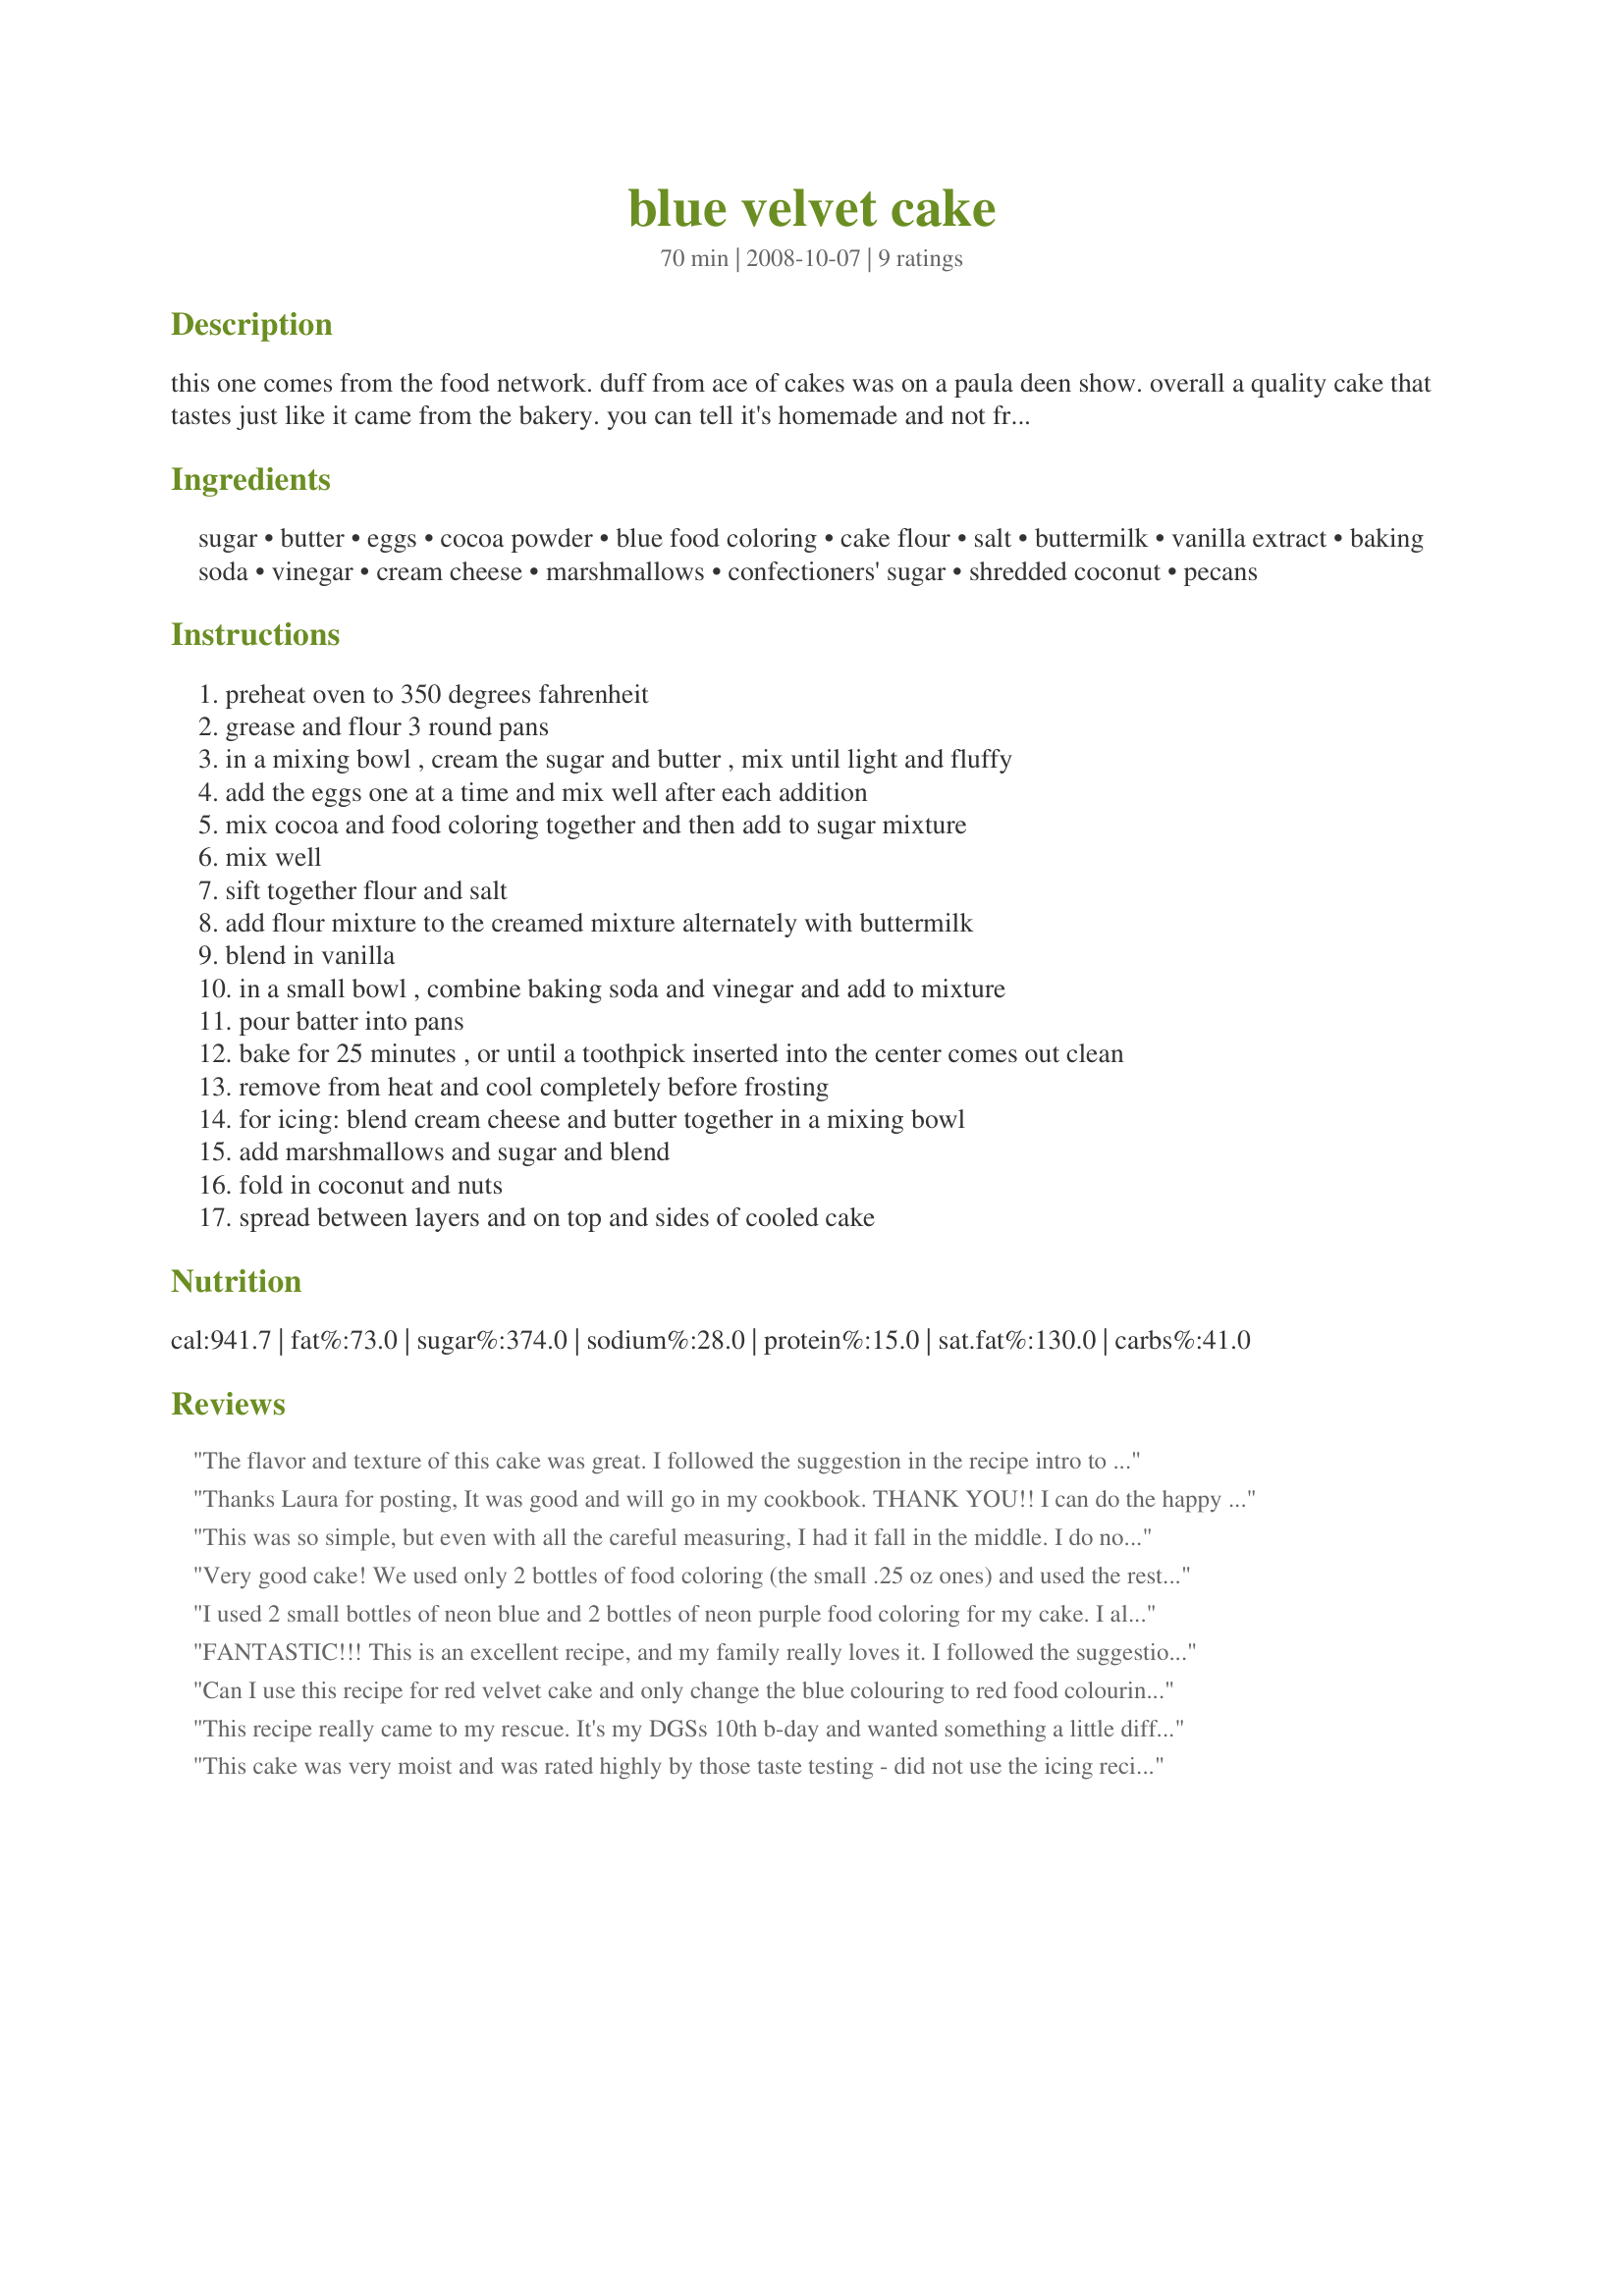
blue velvet cake
Preparation time: 70 minutes

this one comes from the food network. duff from ace of cakes was on a paula deen show. overall a quality cake that tastes just like it came from the bakery. you can tell it's homemade and not from a box. it should be that way since it came from duff, the cake guru! it does take a little time to make this, but it's worth it if you want the real thing. the addition of the baking soda/vinegar combination adds a nice touch. the cake is extremely moist but does not fall apart. i used two 8-inch cake pans and cooked the cake about 30-35 minutes - just made a 2-layer cake instead of a 3-layer one. i did not use pecans. if you don't have a one pound box of powdered sugar, just use about 3 cups from a bag. this cake tastes even better chilled the next day. next time i'm going to try to make the frosting without coconut so it's just a basic cream cheese one. the melted marshmallows in the frosting aren't too bad either! you can use less blue food coloring and sub the rest with water if you want.

Ingredients:
sugar, butter, eggs, cocoa powder, blue food coloring, cake flour, salt, buttermilk, vanilla extract, baking soda, vinegar, cream cheese, marshmallows, confectioners' sugar, shredded coconut, pecans

Steps:
preheat oven to 350 degrees fahrenheit
grease and flour 3 round pans
in a mixing bowl , cream the sugar and butter , mix until light and fluffy
add the eggs one at a time and mix well after each addition
mix cocoa and food coloring together and then add to sugar mixture
mix well
sift together flour and salt
add flour mixture to the creamed mixture alternately with buttermilk
blend in vanilla
in a small bowl , combine baking soda and vinegar and add to mixture
pour batter into pans
bake for 25 minutes , or until a toothpick inserted into the center comes out clean
remove from heat and cool completely before frosting
for icing: blend cream cheese and butter together in a mixing bowl
add marshmallows and sugar and blend
fold in coconut and nuts
spread between layers and on top and sides of cooled cake

Reviews:
The flavor and texture of this cake was great. I followed the suggestion in the recipe intro to use 2 cake pans, which took 30 minutes in my oven to bake. I will be adding this to my list of really good cakes to make again. The icing with this recipe is fairly soft and is not decorator icing at all, so if you want to decorate your cake, you might want to just make half the icing to use as a filling (it is tasty) and then make a more standard fondant or buttercream icing for decorating. Since I could not find individual bottles of blue liquid food coloring, I used one tiny bottle of liquid blue food coloring (.25 ounce) and a hearty squirt of blue coloring paste (perhaps 1/8- 1/4 tsp).
Thanks Laura for posting, It was good and will go in my cookbook. THANK YOU!! I can do the happy food dance!! NOW !! Everyone I&#039;ve made this for has asked for the recipe. Grpa
This was so simple, but even with all the careful measuring, I had it fall in the middle. I do not have issues with the oven and I don't know what happened. Any ideas? One year old oven and my other recipes are fine.
Very good cake! We used only 2 bottles of food coloring (the small .25 oz ones) and used the rest water and it was plenty of coloring! very moist and delicious, and we did not use nuts or coconut. Made this for super bowl sunday and it was a hit :) oh yeah and we had to make the icing pink for the 5 year old, it was a very colorful cake!
I used 2 small bottles of neon blue and 2 bottles of neon purple food coloring for my cake. I also left out the coconut and pecans from the frosting as suggested by Laura70. It came out super moist and absolutley delicious!!
FANTASTIC!!! This is an excellent recipe, and my family really loves it. I followed the suggestion and used two cake pans instead of three. I did make a couple of other changes on my own. First, my daughter&#039;s favorite color is teal. So I went for a teal cake (aqua velvet - LOL) using 3 parts blue and 1 part green food coloring and added a little water. It came out a great color. Second, I split the icing up: 1/3 with coconut, the remaining 2/3 without. The coconut version was the filling between cake layers, and the plain was the icing. I saw in other reviews that the icing ran down the sides of the cake a bit. Mine did that, but I put it in the refrigerator immediately. In about 15 minutes it was set and beautiful. I will definitely make this again, and I may play around with the color again too! Thank you for posting this. :)
Can I use this recipe for red velvet cake and only change the blue colouring to red food colouring? Anybody give me some opinions
This recipe really came to my rescue. It's my DGSs 10th b-day and wanted something a little differant. His favorite color is blue, and he'd just gotten a new puppy for his b-day. So this "blue" cake was just what was needed. Wanted a towering cake so used recipe#54269 and wanted a special filling so used recipe#243117 both were awesome and really added to the cake. Also wanted to place a picture of him and puppy on top so used a fondant frosting instead of the one that comes with it. It was just what we were looking for and he was so pleased which made me one VERY proud Nanna. The taste of the cake was very good and it went together easy. It sure uses a lot of food coloring but so worth it. Thanks Laura for posting.
This cake was very moist and was rated highly by those taste testing - did not use the icing recipe, I find cream cheese icing to be to &quot;loose&quot; and my cakes go slip sliding away unless it is a one layer cake...I use crisco or butter crisco...icing is not sickly sweet and is stiffer and the cake stays better.
